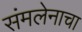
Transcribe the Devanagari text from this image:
संमलेनाचा